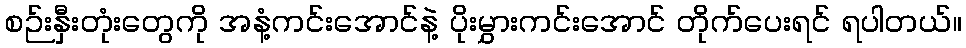
စဉ်းနှီးတုံးတွေကို အနံ့ကင်းအောင်နဲ့ ပိုးမွှားကင်းအောင် တိုက်ပေးရင် ရပါတယ်။